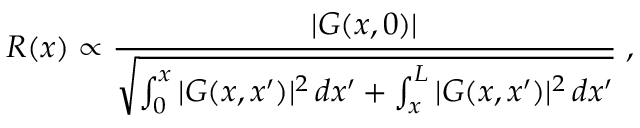
R ( x ) \propto \frac { | G ( x , 0 ) | } { \sqrt { \int _ { 0 } ^ { x } | G ( x , x ^ { \prime } ) | ^ { 2 } \, d x ^ { \prime } + \int _ { x } ^ { L } | G ( x , x ^ { \prime } ) | ^ { 2 } \, d x ^ { \prime } } } \; ,